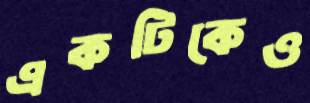
একটিকেও